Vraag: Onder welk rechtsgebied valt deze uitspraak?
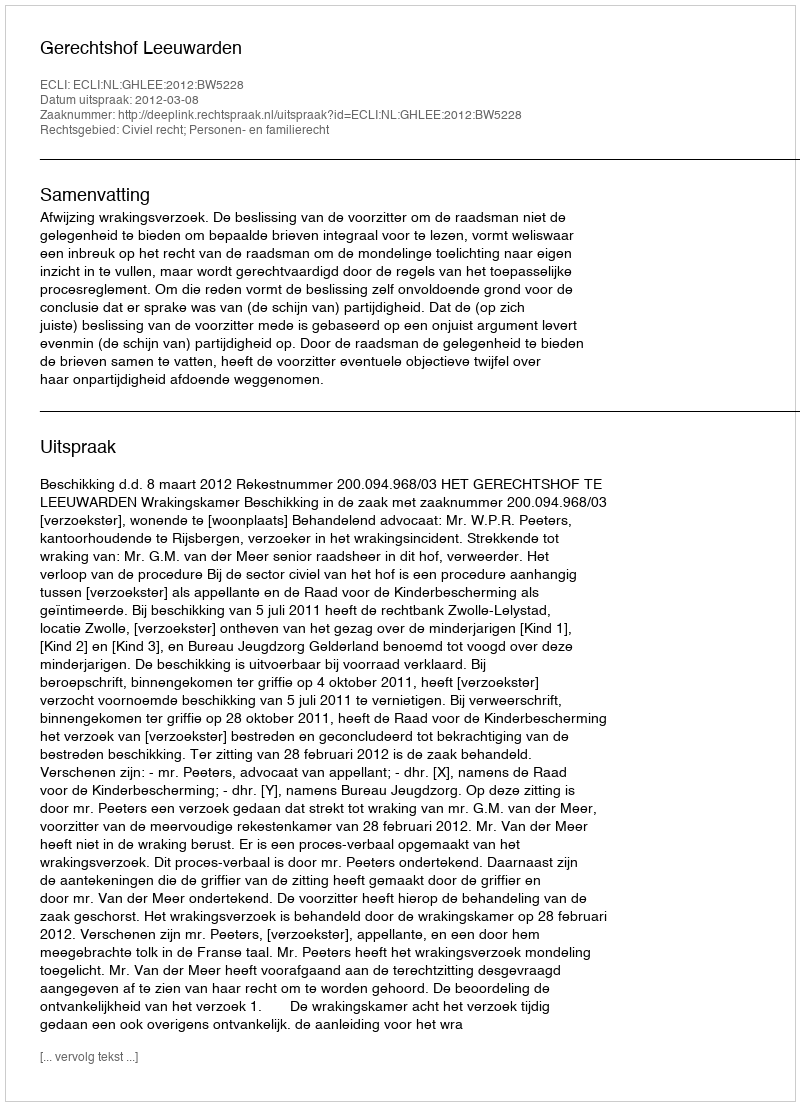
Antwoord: Civiel recht; Personen- en familierecht